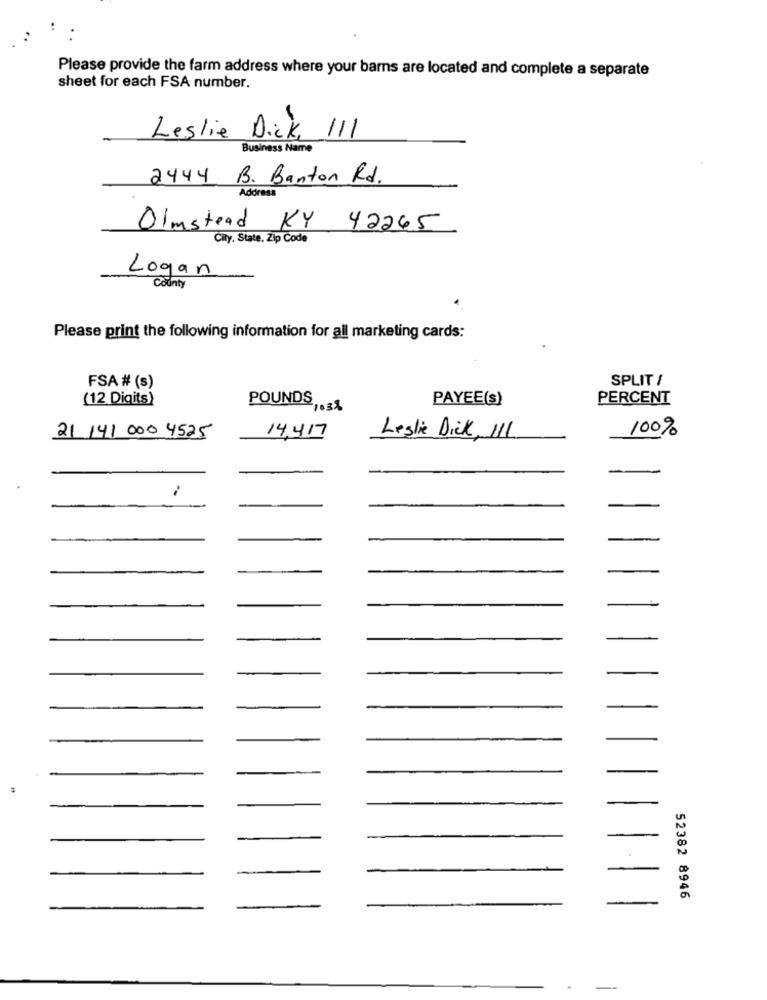
Please provide the farm address where your barns are located and complete a separate
sheet for each FSA number.
Leslie Dick, 111
Business Name
2444 B. Banton Rd.
Address
Olmstead KY 42265
City, State. Zip Code
Logan
County
Please print the following information for all marketing cards:
SPLIT 1
FSA # (s)
(12 Digits)
POUNDS
PAYEE(s)
PERCENT
21.3%
100%
21 141 000 4525
14,417
Leslie Dick, 111
52382 8946